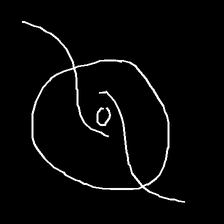
Glyph: repetition